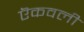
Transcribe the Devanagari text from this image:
ऎकवली